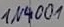
Text: IN4001